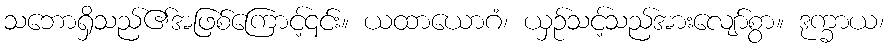
သဘောရှိသည်၏အဖြစ်ကြောင့်၎င်း။ ယထာယောဂံ၊ ယှဉ်သင့်သည်အားလျော်စွာ။ ဒုက္ခာယ၊